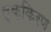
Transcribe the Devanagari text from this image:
लृक्किरण